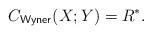
LaTeX: \begin{align*}C_{\mathsf{Wyner}}(X;Y) & =R^{*}.\end{align*}